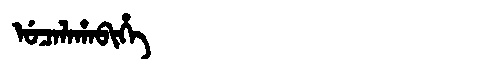
Manchu: ᡠᠴᠠᠯᠠᡥᠠᠪᡳᡥᡝ
Romanization: UCALAHABIHE